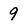
Character: 9